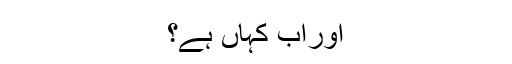
اوراب کہاں ہے؟